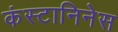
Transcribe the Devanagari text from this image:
कंस्टानिनेस